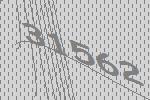
31562